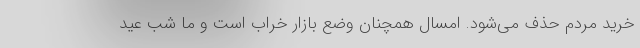
خرید مردم حذف می‌شود. امسال همچنان وضع بازار خراب است و ما شب عید